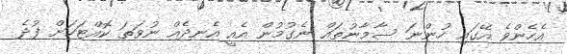
އެހެންވެ އޭގައި ހުންނަ ސާމާނުތައް ނެގުމުން އެއީ އެނދެއް ނުވަތަ ކޮއްޓަކަށް ފުދެ